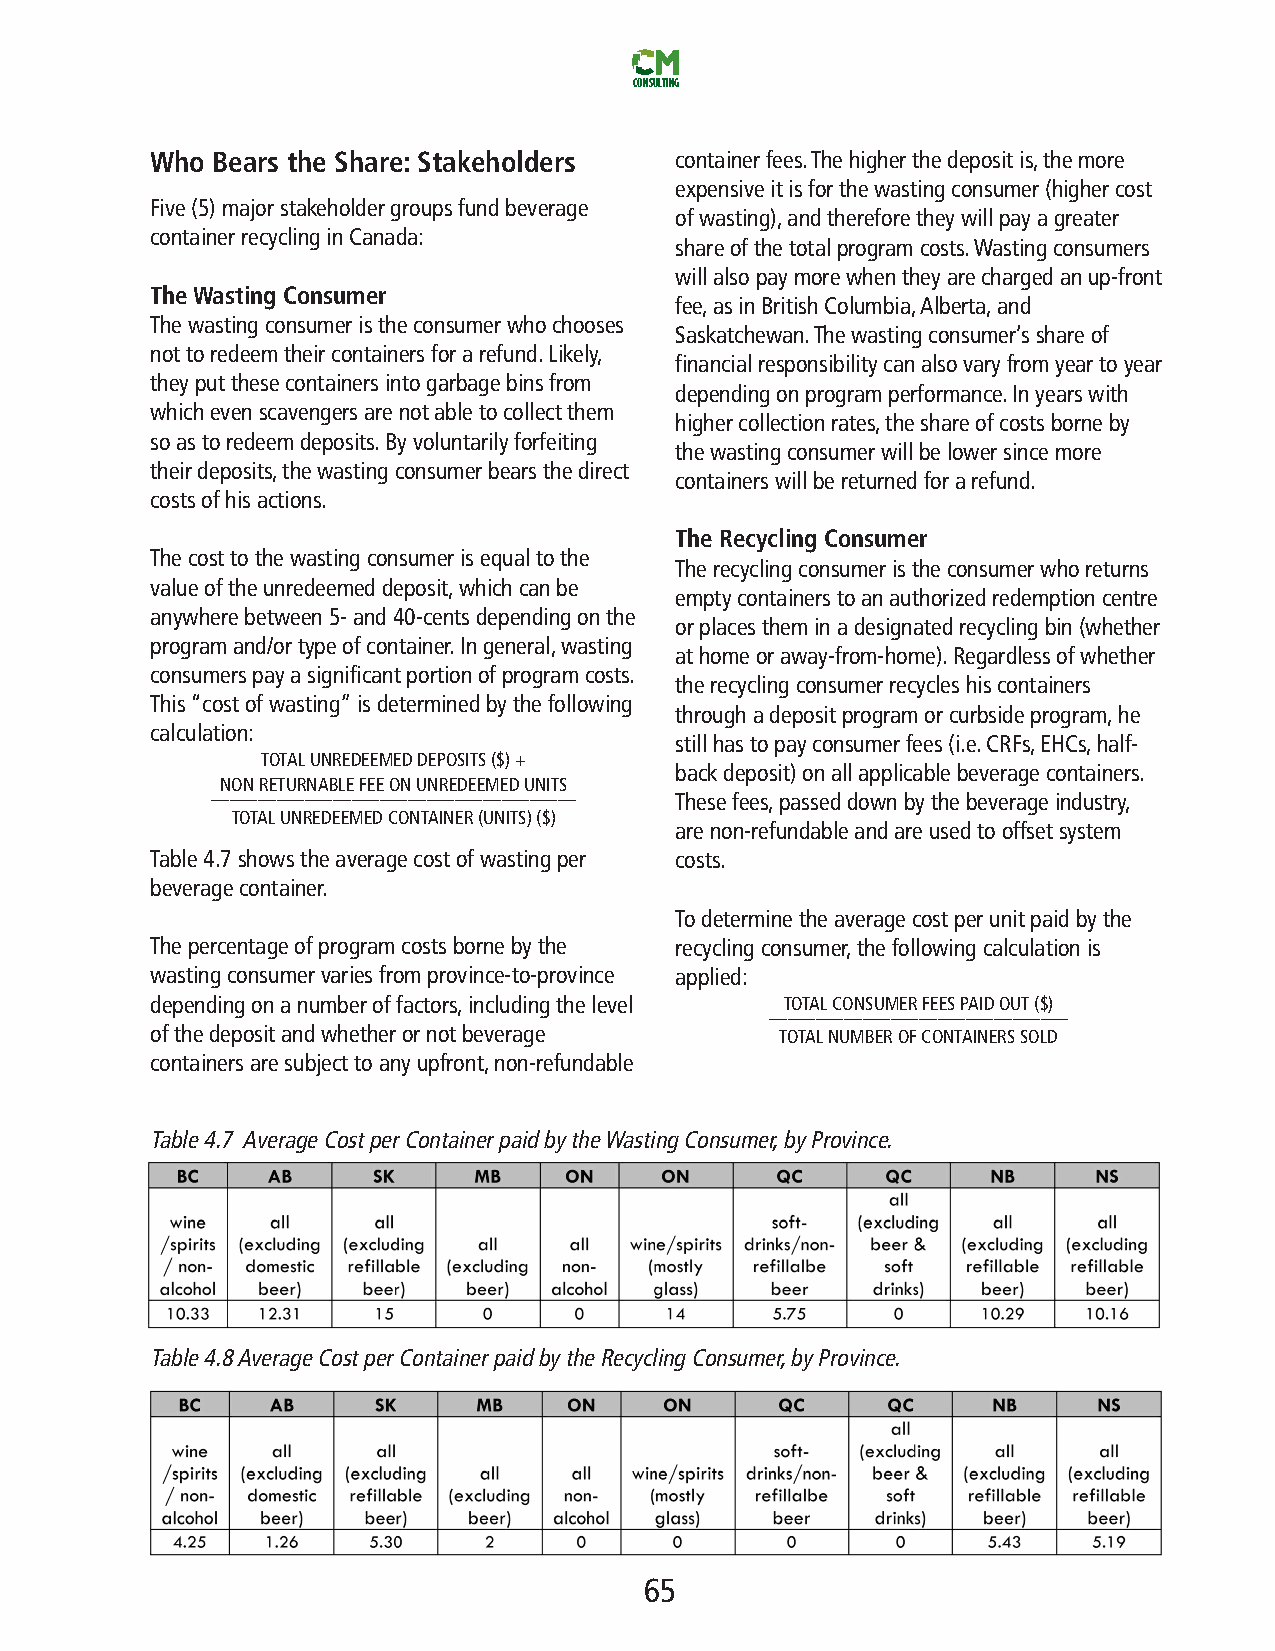
CONSULTING
 Who Bears the Share: Stakeholders  containerfees.Thehigherthedepositis,themore
 expensiveitisforthewastingconsumer(highercost
 Five(5)majorstakeholdergroupsfundbeverage
 ofwasting),andthereforetheywillpayagreater
 containerrecyclinginCanada:
 shareofthetotalprogramcosts.Wastingconsumers
 willalsopaymorewhentheyarechargedanup-front
 TheWasting Consumer
 fee,asinBritishColumbia,Alberta,and
 Thewastingconsumeristheconsumerwhochooses
 Saskatchewan.Thewastingconsumer’sshareof
 nottoredeemtheircontainersforarefund.Likely,
 financialresponsibilitycanalsovaryfromyeartoyear
 theyputthesecontainersintogarbagebinsfrom
 dependingonprogramperformance.Inyearswith
 whichevenscavengersarenotabletocollectthem
 highercollectionrates,theshareofcostsborneby
 soastoredeemdeposits.Byvoluntarilyforfeiting
 thewastingconsumerwillbelowersincemore
 theirdeposits,thewastingconsumerbearsthedirect
 containerswillbereturnedforarefund.
 costsofhisactions.
 The Recycling Consumer
 Thecosttothewastingconsumerisequaltothe
 Therecyclingconsumeristheconsumerwhoreturns
 valueoftheunredeemeddeposit,whichcanbe
 emptycontainerstoanauthorizedredemptioncentre
 anywherebetween5-and40-centsdependingonthe
 orplacestheminadesignatedrecyclingbin(whether
 programand/ortypeofcontainer.Ingeneral,wasting
 athomeoraway-from-home).Regardlessofwhether
 consumerspayasignificantportionofprogramcosts.
 therecyclingconsumerrecycleshiscontainers
 This“costofwasting”isdeterminedbythefollowing
 throughadepositprogramorcurbsideprogram,he
 calculation:
 stillhastopayconsumerfees(i.e.CRFs,EHCs,half-
 TOTALUNREDEEMEDDEPOSITS($)+
 backdeposit)onallapplicablebeveragecontainers.
 NONRETURNABLEFEEONUNREDEEMEDUNITS
 _______________________________________
 Thesefees,passeddownbythebeverageindustry,
 TOTALUNREDEEMEDCONTAINER(UNITS)($)
 arenon-refundableandareusedtooffsetsystem
 Table4.7showstheaveragecostofwastingper costs.
 beveragecontainer.
 Todeterminetheaveragecostperunitpaidbythe
 Thepercentageofprogramcostsbornebythe recyclingconsumer,thefollowingcalculationis
 wastingconsumervariesfromprovince-to-province applied:
 dependingonanumberoffactors,includingthelevel TOTALCONSUMERFEESPAIDOUT($)
 ________________________________
 ofthedepositandwhetherornotbeverage       TOTALNUMBEROFCONTAINERSSOLD
 containersaresubjecttoanyupfront,non-refundable
 Table4.7AverageCostperContainerpaidbytheWastingConsumer,byProvince.
 Table4.8AverageCostperContainerpaidbytheRecyclingConsumer,byProvince.
 65